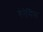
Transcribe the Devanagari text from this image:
गेनेसिस